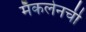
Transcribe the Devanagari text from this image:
मॅकलेनची